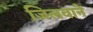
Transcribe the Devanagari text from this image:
जिलवाने